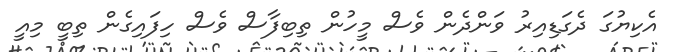
އެކިޔުގަ ދެގަޑިއިރު ވަންދެން ވެސް މީހުން ތިބިފާސް ވެސް ހިފައިގެން ތިބީ މިއީ